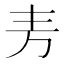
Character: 𫠤